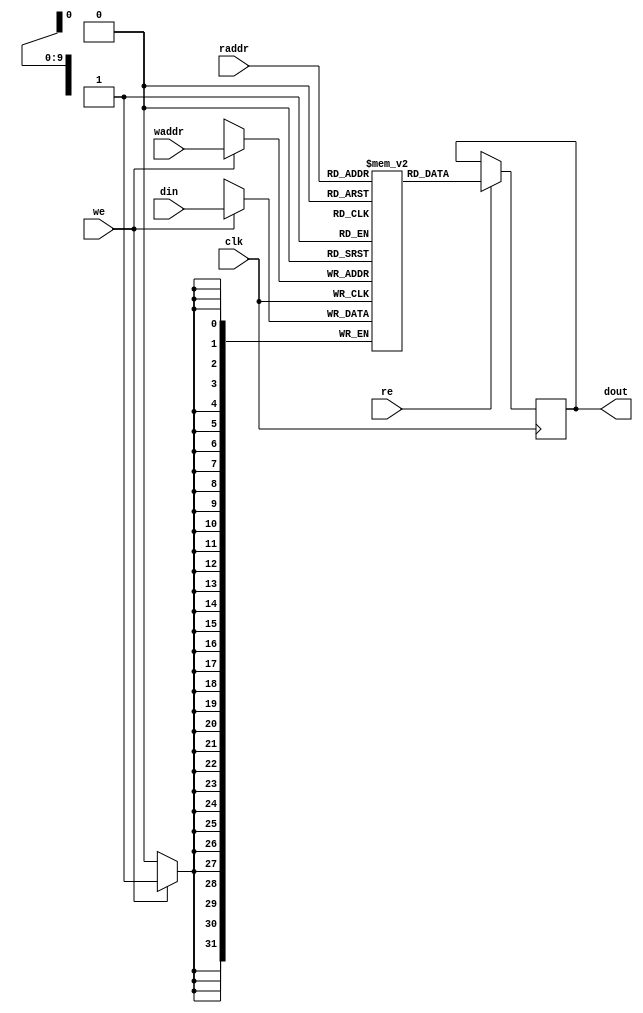
module dataram
#(
    parameter SIZE = 1024,
    parameter AWIDTH = 10,
    parameter DWIDTH = 32
)
(
    input clk,
    input re,
    input [AWIDTH-1:0] raddr,
    input we,
    input [AWIDTH-1:0] waddr,
    input [DWIDTH-1:0] din,
    output reg [DWIDTH-1:0] dout
);

reg [DWIDTH-1:0] mem [SIZE-1:0];

always @(negedge clk)
    if (we)
        mem[waddr] <= din;

always @(posedge clk)
    if (re)
        dout <= mem[raddr];

endmodule